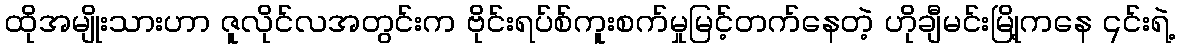
ထိုအမျိုးသားဟာ ဇူလိုင်လအတွင်းက ဗိုင်းရပ်စ်ကူးစက်မှုမြင့်တက်နေတဲ့ ဟိုချီမင်းမြို့ကနေ ၎င်းရဲ့